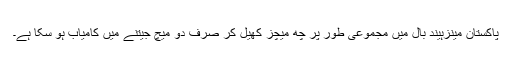
پاکستان مینزہیند بال میں مجموعی طور پر چھ میچز کھیل کر صرف دو میچ جیتنے میں کامیاب ہو سکا ہے۔